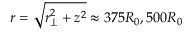
r = \sqrt { r _ { \perp } ^ { 2 } + z ^ { 2 } } \approx 3 7 5 R _ { 0 } , 5 0 0 R _ { 0 }